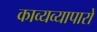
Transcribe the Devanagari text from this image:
काव्यव्यापारों